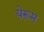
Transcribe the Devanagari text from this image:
येरूम